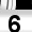
Digit: 6